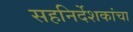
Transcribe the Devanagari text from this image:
सहनिर्देशकांचा